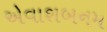
એવાશબનમ